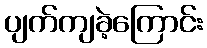
ပျက်ကျခဲ့ကြောင်း